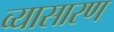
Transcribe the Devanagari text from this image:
व्यासारण